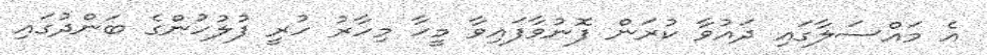
އެ މައްސަލާގައި ދައުވާ ކުރަން ފޮނުވާފައިވާ މީހާ މިހާރު ހުރީ ފުލުހުންގެ ބަންދުގައި